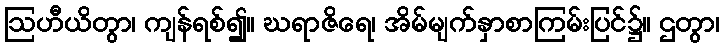
ဩဟီယိတွာ၊ ကျန်ရစ်၍။ ဃရာဇိရေ၊ အိမ်မျက်နှာစာကြမ်းပြင်၌။ ဌတွာ၊